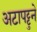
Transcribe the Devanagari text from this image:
अटापट्टुने